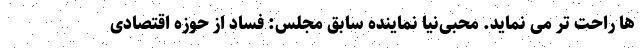
ها راحت تر می نماید. محبی‌نیا نماینده سابق مجلس: فساد از حوزه اقتصادی